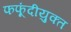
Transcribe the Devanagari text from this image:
फफूंदीयुक्त